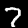
Digit: 7